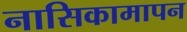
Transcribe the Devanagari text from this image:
नासिकामापन